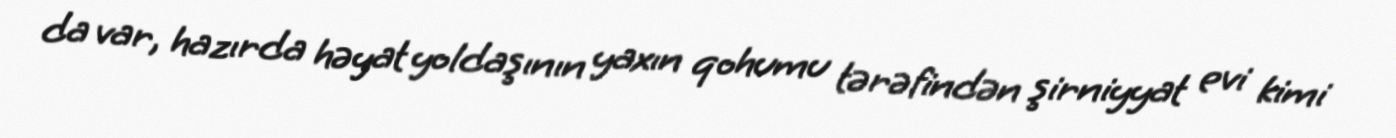
da var, hazırda həyat yoldaşının yaxın qohumu tərəfindən şirniyyat evi kimi